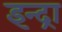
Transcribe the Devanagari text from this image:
इन्द्रा